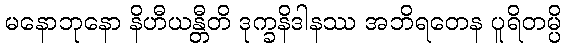
မနောဘုနော နိဟီယန္တီတိ ဒုက္ခနိဒါနဿ အဘိရတေန ပူရိတမ္ပိ